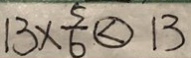
1 3 \times \frac { 5 } { 6 } \textcircled { < } 1 3